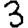
Digit: 3